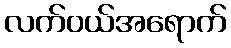
လက်ဝယ်အရောက်